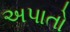
અપાતો